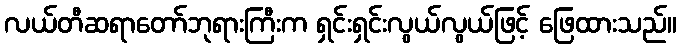
လယ်တီဆရာတော်ဘုရားကြီးက ရှင်းရှင်းလွယ်လွယ်ဖြင့် ဖြေထားသည်။